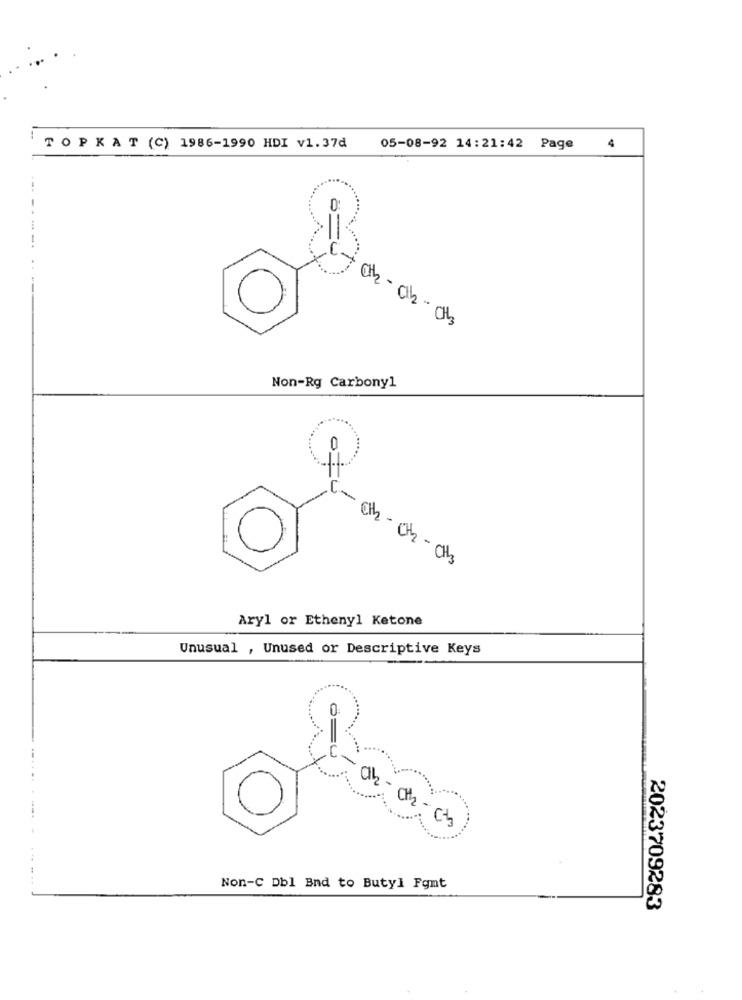
4
TOPKAT (C) 1986-1990 HDI v1.37d
05-08-92 14:21:42 Page
0:
CH2 - Cb - CH3
Non-Rg Carbonyl
0
11
C- Ch- Ch -CH3
Aryl or Ethenyl Ketone
Unusual , Unused or Descriptive Keys
0
- ab -0th -cts
Non-C Dbl Bnd to Butyl Fgmt
2023709283